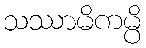
သဿာမိကမ္ပိ